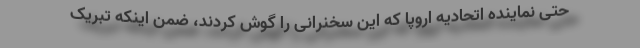
حتی نماینده اتحادیه اروپا که این سخنرانی را گوش کردند، ضمن اینکه تبریک